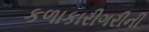
કળાકારીગરીની